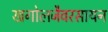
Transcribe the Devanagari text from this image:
खगोलजैवरसायन